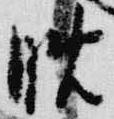
晩